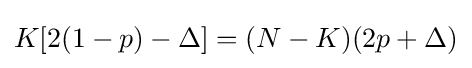
K[2(1-p)-\Delta ]=(N-K)(2p+\Delta )